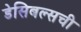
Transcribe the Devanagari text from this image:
डेसिबल्सची